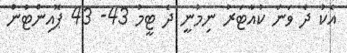
އެކު ދެ ވަނަ ކުއާޓަރު ނިމުނީ ދެ ޓީމު 43- 43 ޕޮއިންޓުން